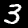
Label: 3